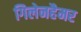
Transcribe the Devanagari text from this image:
गिलेनहैमर